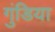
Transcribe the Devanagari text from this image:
गुंडिया